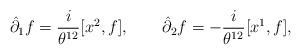
\begin{align*}\hat\partial_1 f = {\frac{i }{\theta^{12}}} [x^2,f], \qquad \hat\partial_2 f= - {\frac{i }{\theta^{12}}} [x^1,f],\end{align*}